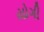
યોગી